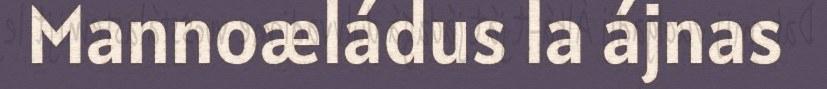
Mannoæládus la ájnas